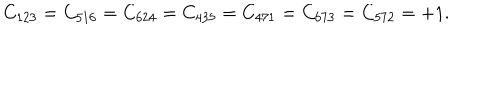
C _ { 1 2 3 } = C _ { 5 1 6 } = C _ { 6 2 4 } = C _ { 4 3 5 } = C _ { 4 7 1 } = C _ { 6 7 3 } = C _ { 5 7 2 } = + 1 .